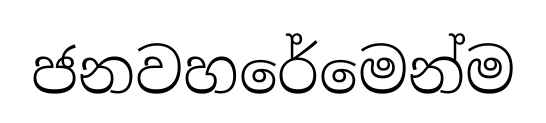
ජනවහරේමෙන්ම